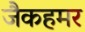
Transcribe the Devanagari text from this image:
जैकहमर